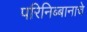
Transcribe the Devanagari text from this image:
परिनिब्बानाचे